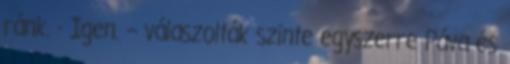
ránk. - Igen. – válaszolták szinte egyszerre Páva és